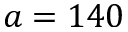
a = 1 4 0